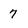
Character: 7